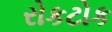
રોકટોક